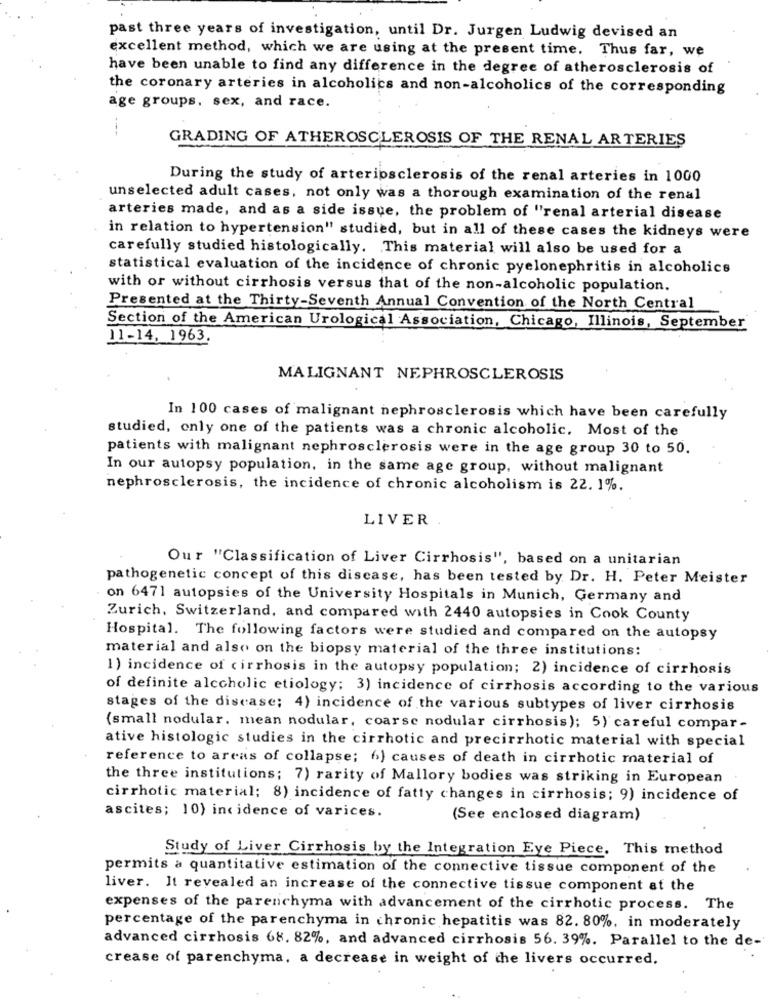
past three years of investigation, until Dr. Jurgen Ludwig devised an
excellent method, which we are using at the present time. Thus far, we
have been unable to find any difference in the degree of atherosclerosis of
the coronary arteries in alcoholics and non-alcoholics of the corresponding
age groups, sex, and race.
GRADING OF ATHEROSCLEROSIS OF THE RENAL ARTERIES
During the study of arteriosclerosis of the renal arteries in 1000
unselected adult cases, not only was a thorough examination of the renal
arteries made, and as a side issue, the problem of "renal arterial disease
in relation to hypertension" studied, but in all of these cases the kidneys were
carefully studied histologically. This material will also be used for a
statistical evaluation of the incidence of chronic pyelonephritis in alcoholics
with or without cirrhosis versus that of the non-alcoholic population.
Presented at the Thirty-Seventh Annual Convention of the North Central
Section of the American Urological Association, Chicago, Illinois, September
11-14, 1963.
MALIGNANT NEPHROSCLEROSIS
In 100 cases of malignant nephrosclerosis which have been carefully
studied, only one of the patients was a chronic alcoholic. Most of the
patients with malignant nephrosclerosis were in the age group 30 to 50.
In our autopsy population, in the same age group, without malignant
nephrosclerosis, the incidence of chronic alcoholism is 22. 1%.
LIVER
Our "Classification of Liver Cirrhosis", based on a unitarian
pathogenetic concept of this disease, has been tested by Dr. H. Peter Meister
on 6471 autopsies of the University Hospitals in Munich, Germany and
Zurich, Switzerland, and compared with 2440 autopsies in Cook County
Hospital. The following factors were studied and compared on the autopsy
material and also on the biopsy material of the three institutions:
1) incidence of cirrhosis in the autopsy population; 2) incidence of cirrhosis
of definite alcoholic etiology; 3) incidence of cirrhosis according to the various
stages of the disease; 4) incidence of the various subtypes of liver cirrhosis
(small nodular. mean nodular, coarse nodular cirrhosis); 5) careful compar -
ative histologic studies in the cirrhotic and precirrhotic material with special
reference to areas of collapse; 6) causes of death in cirrhotic material of
the three institutions; 7) rarity of Mallory bodies was striking in European
cirrhotic material; 8) incidence of fatty changes in cirrhosis; 9) incidence of
ascites; 10) incidence of varices.
(See enclosed diagram)
Study of Liver Cirrhosis by the Integration Eye Piece. This method
permits a quantitative estimation of the connective tissue component of the
liver. It revealed an increase of the connective tissue component at the
expenses of the parenchyma with advancement of the cirrhotic process. The
percentage of the parenchyma in chronic hepatitis was 82. 80%, in moderately
advanced cirrhosis 68. 82%, and advanced cirrhosis 56. 39%. Parallel to the de-
crease of parenchyma, a decrease in weight of the livers occurred.